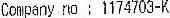
COMPANY NO : 1174703-K